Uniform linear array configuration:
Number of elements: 4
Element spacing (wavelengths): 1
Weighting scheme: exponential
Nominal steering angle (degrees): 45
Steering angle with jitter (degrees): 43.526
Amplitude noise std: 0.05
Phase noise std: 0.05

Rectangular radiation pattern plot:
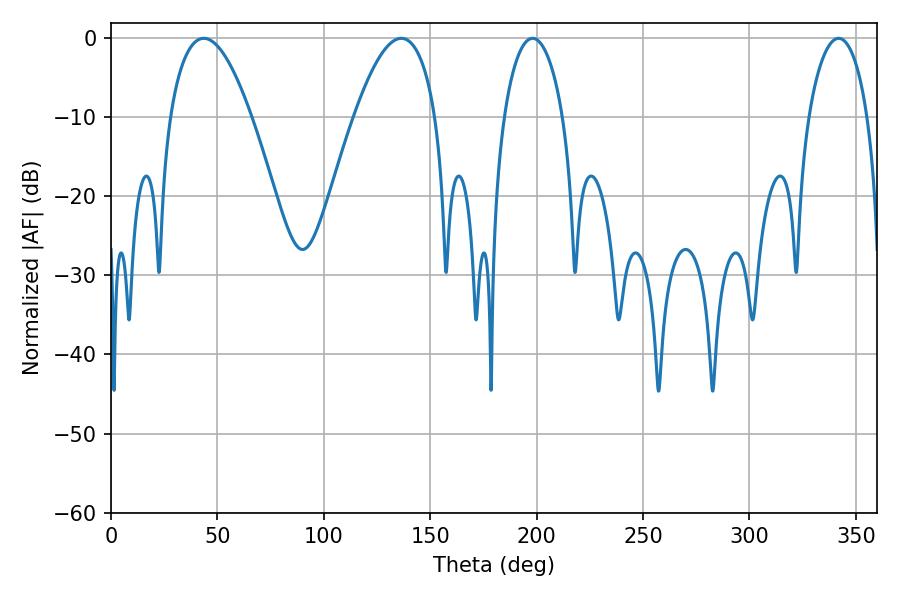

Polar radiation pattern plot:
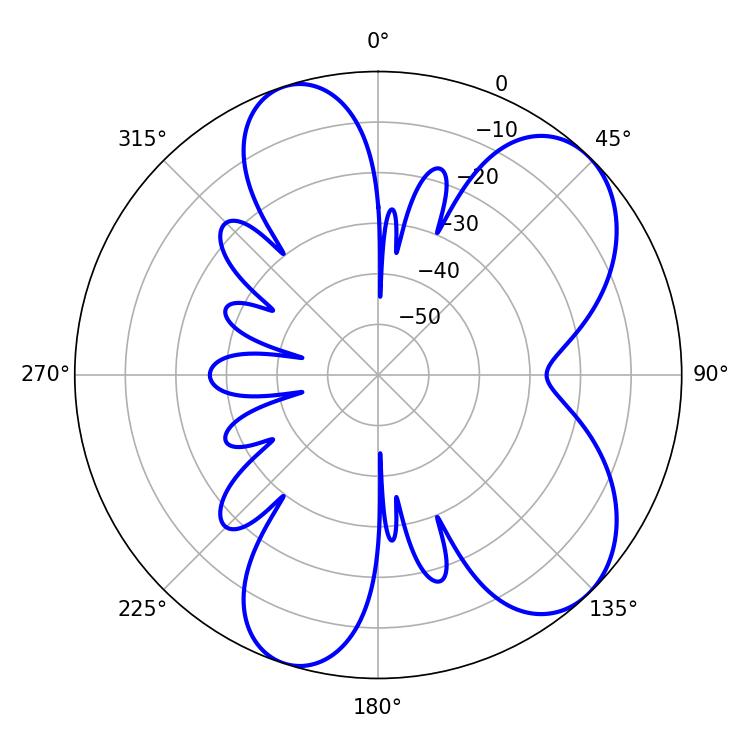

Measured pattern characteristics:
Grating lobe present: TRUE
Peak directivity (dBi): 7.277
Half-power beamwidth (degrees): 21.24
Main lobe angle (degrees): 136.44